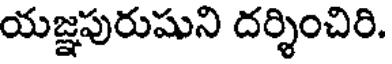
యజ్ఞపురుషుని దర్శించిరి.